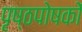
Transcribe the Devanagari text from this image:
पृष्ठपोषकों